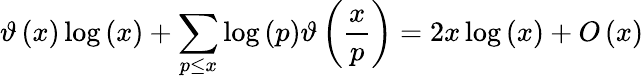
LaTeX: \vartheta\left(x\right)\log\left(x\right)+\sum_{p\leq x}{\log\left(p\right)}\vartheta\left({\frac{x}{p}}\right)=2x\log\left(x\right)+O\left(x\right)